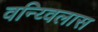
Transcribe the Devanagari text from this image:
वन्य्विलास